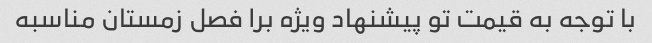
با توجه به قیمت تو پیشنهاد ویژه برا فصل زمستان مناسبه